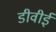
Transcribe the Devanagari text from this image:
डीवीई